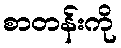
စာတန်းကို